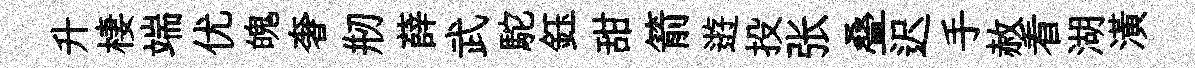
升棲端优魄奢剏薛武駝鈺甜箭逰投张叠迟手赦看湖潢